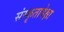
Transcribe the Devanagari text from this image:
संस्कृतापेक्षा